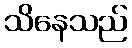
သိနေသည်